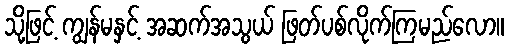
သို့ဖြင့် ကျွန်မနှင့် အဆက်အသွယ် ဖြတ်ပစ်လိုက်ကြမည်လော။